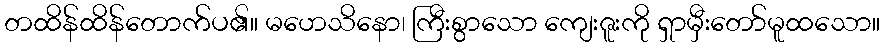
တထိန်ထိန်တောက်ပ၏။ မဟေသိနော၊ ကြီးစွာသော ကျေးဇူးကို ရှာမှီးတော်မူထသော။